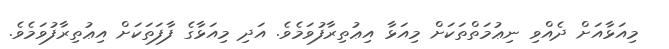
މިއަޅާއަށް ދެއްވި ނިޢުމަތްތަކަށް މިއަޅާ އިޢުތިރާފުވަމެވެ. އަދި މިއަޅާގެ ފާފަތަކަށް އިޢުތިރާފުވަމެވެ.